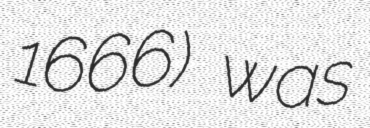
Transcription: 1666) was